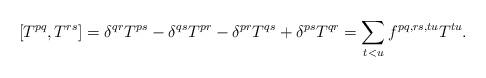
LaTeX: \begin{align*}[T^{pq},T^{rs}]=\delta^{qr} T^{ps}-\delta^{qs} T^{pr} -\delta^{pr} T^{qs}+\delta^{ps} T^{qr}=\sum_{t<u} f^{pq,rs,tu} T^{tu}.\end{align*}